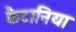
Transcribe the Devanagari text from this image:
कैटानिया